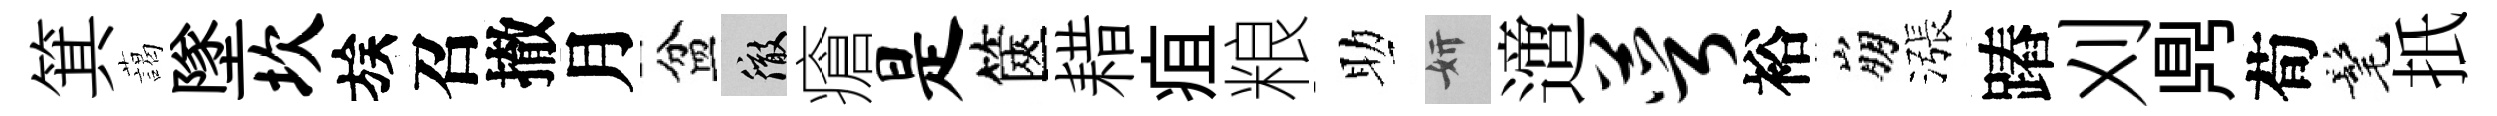
箕藹墜坎族召撤月盆徹瘡是篋耤疽粮助妍𨗁萼裕崩漲蹖刈𪔂荀髦扺